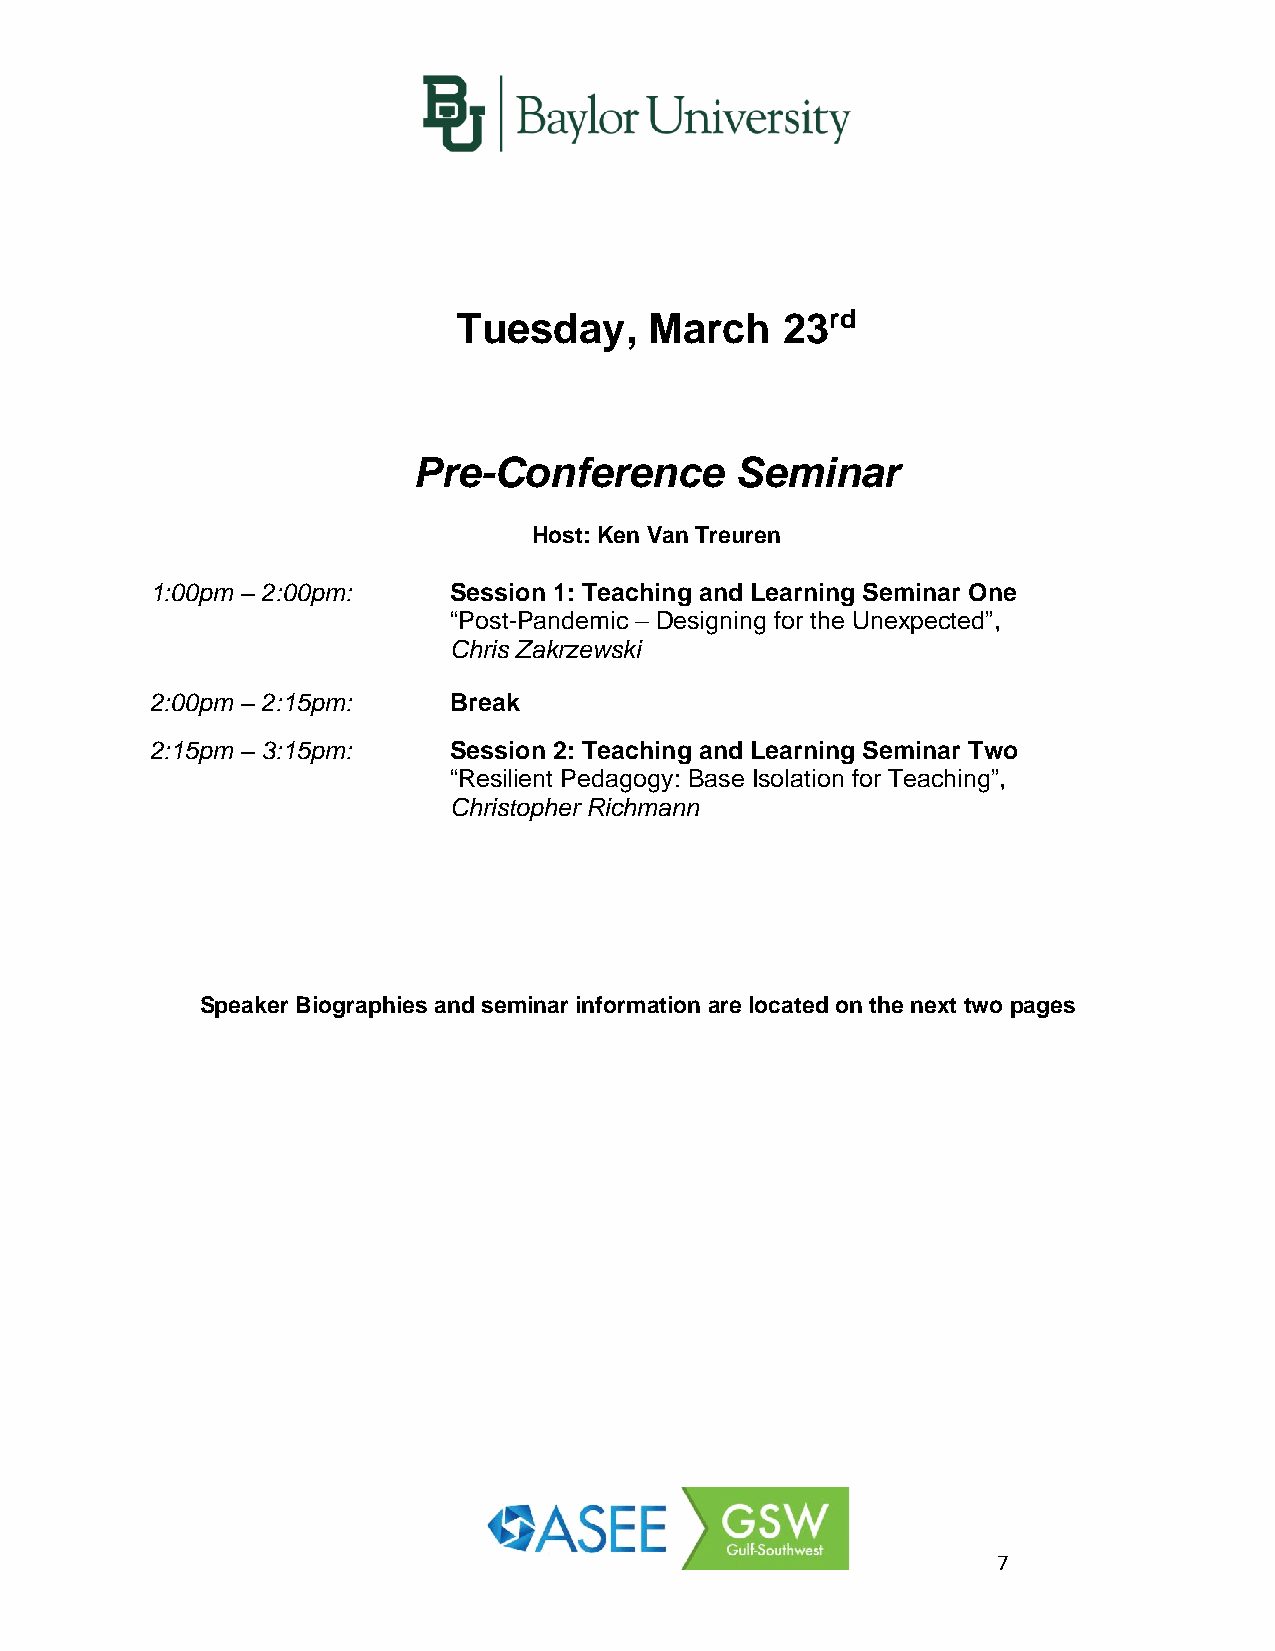
Tuesday,     March    23rd
 Pre-Conference        Seminar
 Host: Ken Van Treuren
 1:00pm – 2:00pm:    Session 1: Teaching and Learning Seminar One
 “Post-Pandemic – Designing for the Unexpected”,
 Chris Zakrzewski
 2:00pm – 2:15pm:    Break
 2:15pm – 3:15pm:    Session 2: Teaching and Learning Seminar Two
 “Resilient Pedagogy: Base Isolation for Teaching”,
 Christopher Richmann
 Speaker Biographies and seminar information are located on the next two pages
 7